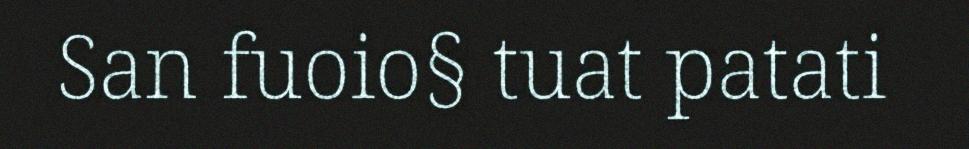
San fuoio§ tuat patati